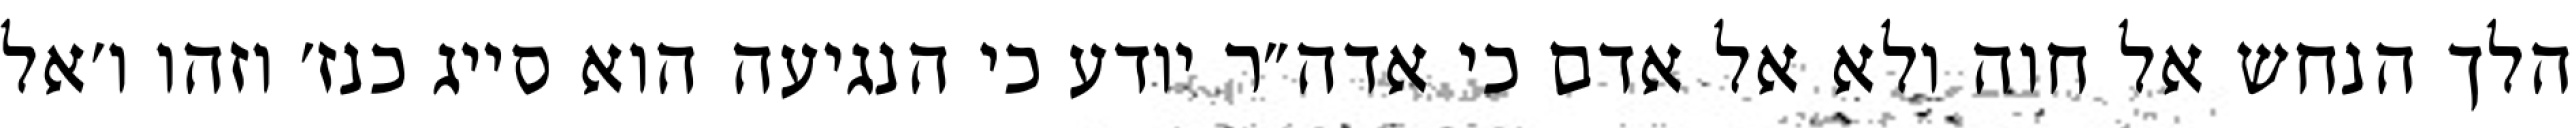
הלך הנחש אל חוה ולא אל אדם כי אדה״ר יודע כי הנגיעה הוא סייג כנז׳ וזהו ו׳אל